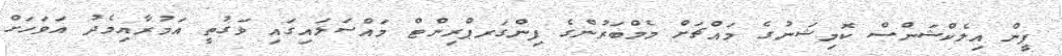
ޕީން އިލެކްޝަންސް ކޮމިޝަނުގެ މައްޗަށް މެމްބަރުންގެ ފިންގަރޕްރިންޓް މައްސަލައިގައި ވަގުތީ އަމުރާއިމެދު އަވަހަށް